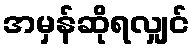
အမှန်ဆိုရလျှင်